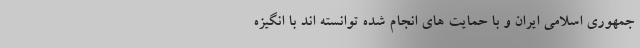
جمهوری اسلامی ایران و با حمایت های انجام شده توانسته اند با انگیزه